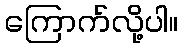
ကြောက်လို့ပါ။